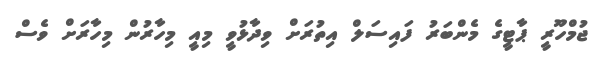
ޖުމްހޫރީ ޕާޓީގެ މެންބަރު ފައިސަލް އިތުރަށް ވިދާޅުވީ މިއީ މިހާރުން މިހާރަށް ވެސް